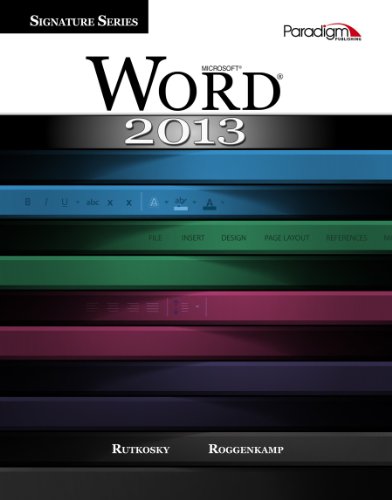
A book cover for Microsoft Word 2013 (Signature Series); Nita Rutkosky; Computers & Technology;